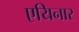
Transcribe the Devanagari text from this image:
एयिनार